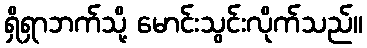
ရှိရှာဘက်သို့ မောင်းသွင်းလိုက်သည်။